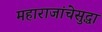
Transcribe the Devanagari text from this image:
महाराजांचेसुद्धा